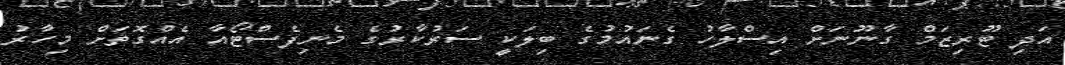
އަދި ޓޫރިޒަމް ގާނޫނަށް އިސްލާހު ގެނައުމުގެ ބިލަކީ ސަރުކާރުގެ މެނިފެސްޓޯއާ އެއްގޮތަށް މިހާރު